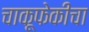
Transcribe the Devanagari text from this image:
चाकूफेकीचा